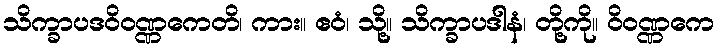
သိက္ခာပဒဝိဝဏ္ဏကေတိ၊ ကား။ ဧဝံ၊ သို့။ သိက္ခာပဒါနံ၊ တို့ကို။ ဝိဝဏ္ဏကေ